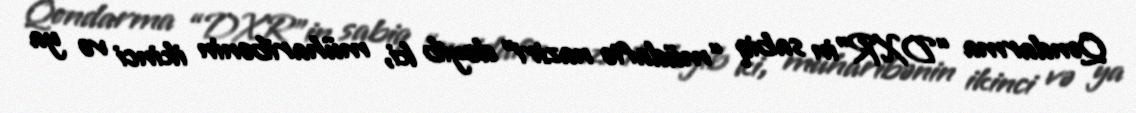
Qondarma “DXR”in sabiq “müdafiə naziri” deyib ki, müharibənin ikinci və ya